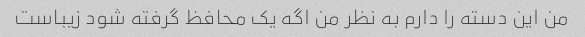
من این دسته را دارم به نظر من اگه یک محافظ گرفته شود زیباست